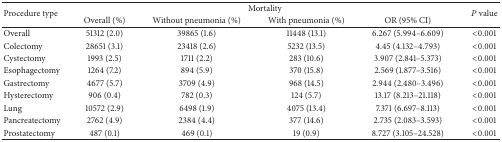
<table><thead><tr><td rowspan="2"><b>Procedure type</b></td><td colspan="4"><b>Mortality</b></td><td rowspan="2"><b><i>P</i> value</b></td></tr><tr><td><b>Overall (%)</b></td><td><b>Without pneumonia (%)</b></td><td><b>With pneumonia (%)</b></td><td><b>OR (95% CI)</b></td></tr></thead><tbody><tr><td>Overall</td><td>51312 (2.0)</td><td>39865 (1.6)</td><td>11448 (13.1)</td><td>6.267 (5.994–6.609)</td><td>&lt;0.001</td></tr><tr><td>Colectomy</td><td>28651 (3.1)</td><td>23418 (2.6)</td><td>5232 (13.5)</td><td>4.45 (4.132–4.793)</td><td>&lt;0.001</td></tr><tr><td>Cystectomy </td><td>1993 (2.5)</td><td>1711 (2.2)</td><td> 283 (10.6)</td><td>3.907 (2.841–5.373)</td><td>&lt;0.001</td></tr><tr><td>Esophagectomy</td><td>1264 (7.2)</td><td> 894 (5.9)</td><td>370 (15.8)</td><td>2.569 (1.877–3.516)</td><td>&lt;0.001</td></tr><tr><td>Gastrectomy</td><td>4677 (5.7)</td><td>3709 (4.9)</td><td>968 (14.5)</td><td>2.944 (2.480–3.496)</td><td>&lt;0.001</td></tr><tr><td>Hysterectomy</td><td>906 (0.4)</td><td>782 (0.3)</td><td>124 (5.7)</td><td>13.17 (8.213–21.118)</td><td>&lt;0.001</td></tr><tr><td>Lung</td><td>10572 (2.9)</td><td>6498 (1.9)</td><td>4075 (13.4)</td><td>7.371 (6.697–8.113)</td><td>&lt;0.001</td></tr><tr><td>Pancreatectomy</td><td>2762 (4.9)</td><td> 2384 (4.4)</td><td>377 (14.6)</td><td>2.735 (2.083–3.593)</td><td>&lt;0.001</td></tr><tr><td>Prostatectomy</td><td>487 (0.1)</td><td>469 (0.1)</td><td> 19 (0.9)</td><td>8.727 (3.105–24.528)</td><td>&lt;0.001</td></tr></tbody></table>